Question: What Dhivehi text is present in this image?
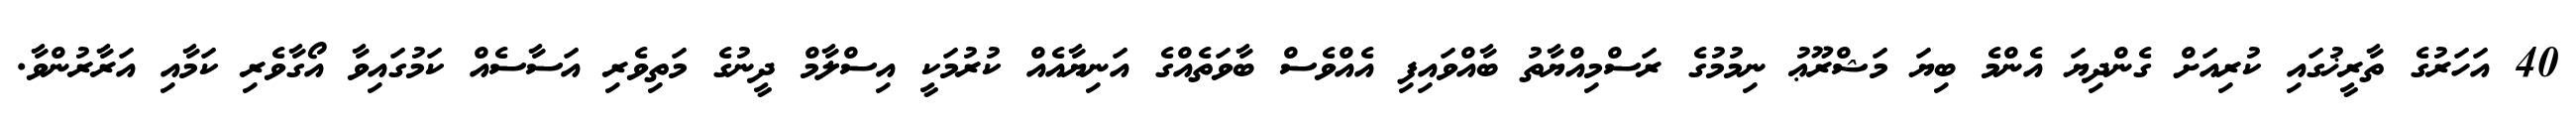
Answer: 40 އަހަރުގެ ތާރީޚުގައި ކުރިއަށް ގެންދިޔަ އެންމެ ބިޔަ މަޝްރޫޢު ނިމުމުގެ ރަސްމިއްޔާތު ބާއްވައިފި އެއްވެސް ބާވަތެއްގެ އަނިޔާއެއް ކުރުމަކީ އިސްލާމް ދީނުގެ މަތިވެރި އަސާސެއް ކަމުގައިވާ އޯގާވެރި ކަމާއި އަރާރުންވާ.